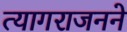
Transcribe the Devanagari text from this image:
त्यागराजनने